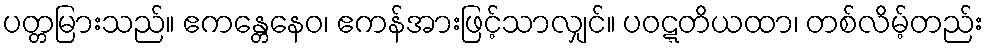
ပတ္တမြားသည်။ ဧကန္တေနေဝ၊ ဧကန်အားဖြင့်သာလျှင်။ ပဝဋ္ဋတိယထာ၊ တစ်လိမ့်တည်း